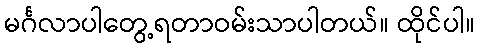
မင်္ဂလာပါတွေ့ရတာဝမ်းသာပါတယ်။ ထိုင်ပါ။